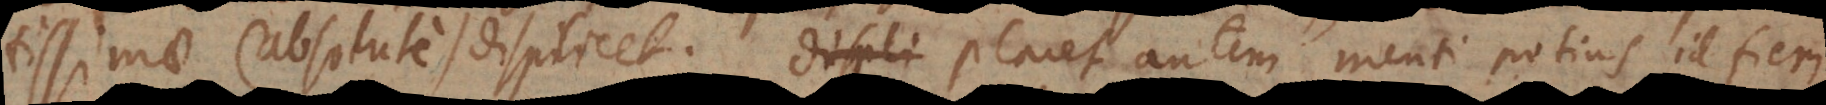
tissimae (absolute) displicet. Placet autem menti potius id fieri